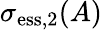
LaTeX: \sigma_{\mathrm{ess},2}(A)